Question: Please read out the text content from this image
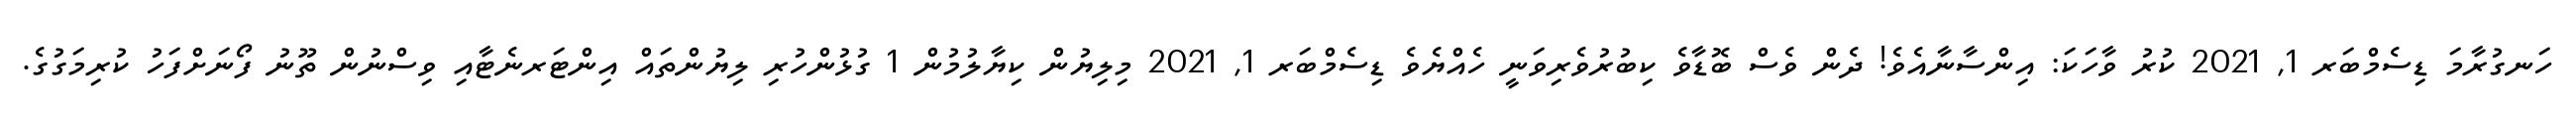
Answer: ހަނގުރާމަ ޑިސެމްބަރ 1, 2021 ކުރު ވާހަކަ: އިންސާނާއެވެ! ދެން ވެސް ބޮޑާވެ ކިބުރުވެރިވަނީ ހެއްޔެވެ ޑިސެމްބަރ 1, 2021 މިލިޔުން ކިޔާލުމުން 1 ގުޅުންހުރި ލިޔުންތައް އިންޓަރނެޓާއި ވިސްނުން ތޫނު ފޯނަށްފަހު ކުރިމަގުގެ.